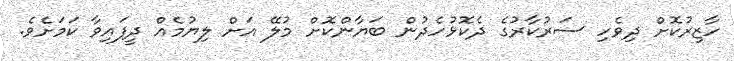
ހާޒިރުކޮށް ދިވެހި ސަރުކާރުގެ ދެކޮޅުހެދުން ބަޔާންކޮށް މުލޭ އަށް ލިޔުމެއް ދީފައިވާ ކަމަށެވެ.